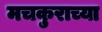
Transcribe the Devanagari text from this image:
मचकुराच्या